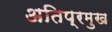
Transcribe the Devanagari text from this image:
अतिप्रमुख